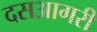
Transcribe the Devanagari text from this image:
दसआगरी